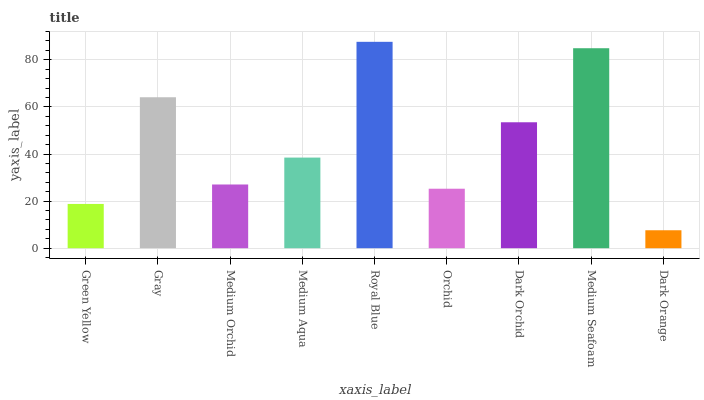
| xaxis_label | bars |
 | --- | --- |
 | Green Yellow | 18.8 |
 | Gray | 64.1 |
 | Medium Orchid | 27.1 |
 | Medium Aqua | 38.5 |
 | Royal Blue | 87.6 |
 | Orchid | 25.3 |
 | Dark Orchid | 53.5 |
 | Medium Seafoam | 84.9 |
 | Dark Orange | 7.62 |